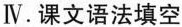
Ⅳ.课文语法填空